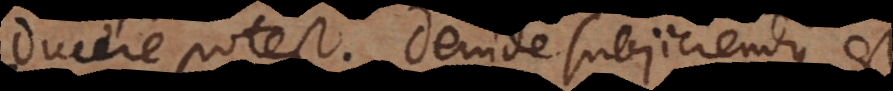
ducere potest. Deinde subjiciendus es